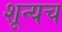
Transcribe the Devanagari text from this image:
शून्यच